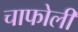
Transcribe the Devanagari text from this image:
चाफोली